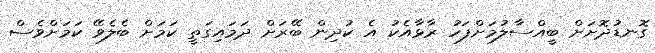
ގޮނޑުދޮށަށް ބީއްސާލުމަށްފަހު ރާޅާއެކު އެ ކުދިން ބޭރަށް ދަމައިގަތީ ކަމަށް ބެލެވޭ ކަމަށްވެސް